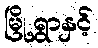
မြို့ရွာနှင့်